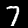
Label: 7